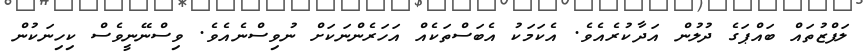
ލަފްޒުތައް ބައްޕަގެ ދުލުން އަދާކުރެއެވެ. އެކަމަކު އެބަސްތަކެއް އަހަރެންނަކަށް ނުވިސްނެއެވެ. ވިސްނޭނީވެސް ކިހިނަކުން